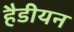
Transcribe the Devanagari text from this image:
हैडीयन